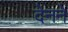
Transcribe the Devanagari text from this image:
देनने